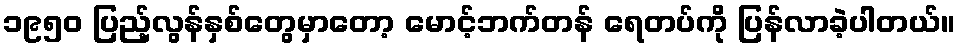
၁၉၅ဝ ပြည့်လွန်နှစ်တွေမှာတော့ မောင့်ဘက်တန် ရေတပ်ကို ပြန်လာခဲ့ပါတယ်။